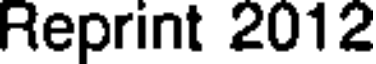
Reprint 2012